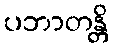
ပဘာတန္တိ